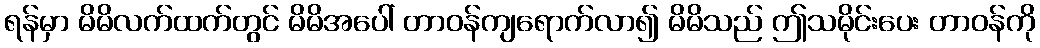
ရန်မှာ မိမိလက်ထက်တွင် မိမိအပေါ် တာဝန်ကျရောက်လာ၍ မိမိသည် ဤသမိုင်းပေး တာဝန်ကို